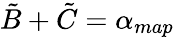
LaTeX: \tilde{B}+\tilde{C}=\alpha_{map}